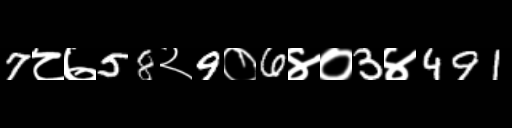
Text: 7८७58२9०6४०3४491